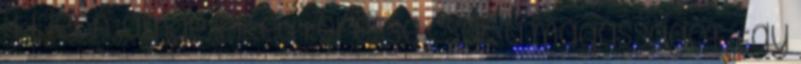
itt lenn, ámde lelked Keresse csak a magasságot. Egy